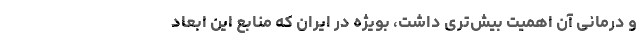
و درمانی آن اهمیت بیش‌تری داشت، بویژه در ایران که منابع این ابعاد